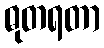
ဓုတရတာ